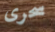
سحرى